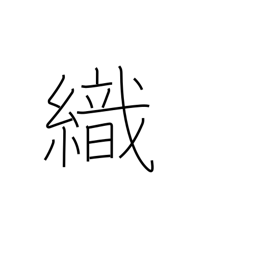
Meaning: weave